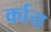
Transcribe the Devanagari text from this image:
र्काय